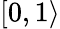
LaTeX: [0,1\rangle